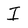
Character: I